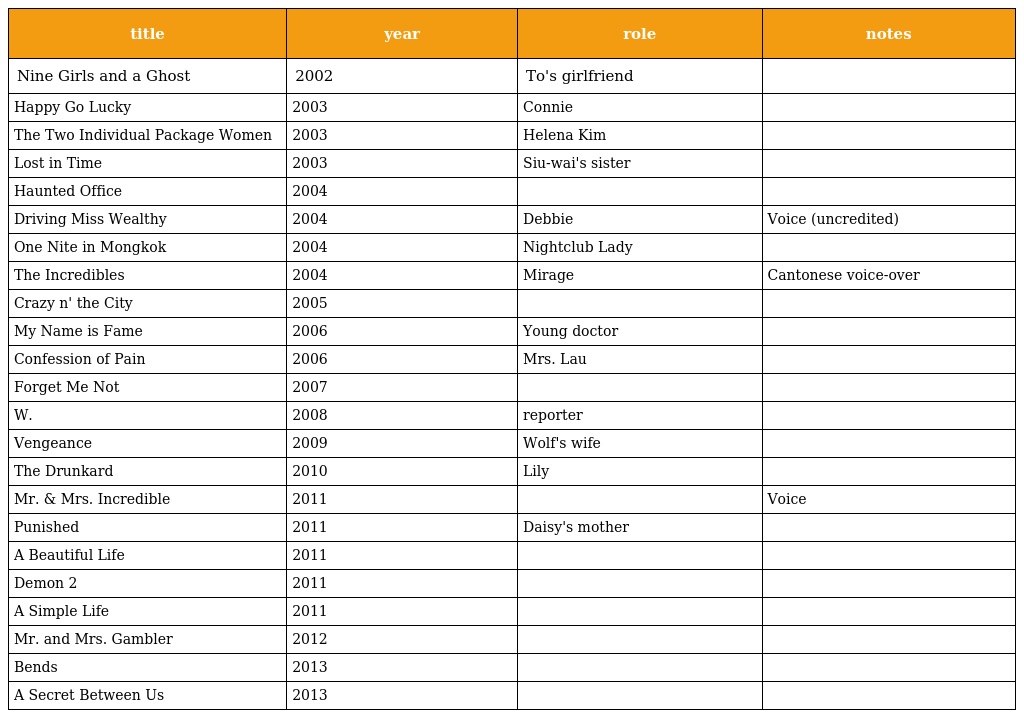
| title | year | role | notes |
 | --- | --- | --- | --- |
 | Nine Girls and a Ghost | 2002 | To's girlfriend |  |
 | Happy Go Lucky | 2003 | Connie |  |
 | The Two Individual Package Women | 2003 | Helena Kim |  |
 | Lost in Time | 2003 | Siu-wai's sister |  |
 | Haunted Office | 2004 |  |  |
 | Driving Miss Wealthy | 2004 | Debbie | Voice (uncredited) |
 | One Nite in Mongkok | 2004 | Nightclub Lady |  |
 | The Incredibles | 2004 | Mirage | Cantonese voice-over |
 | Crazy n' the City | 2005 |  |  |
 | My Name is Fame | 2006 | Young doctor |  |
 | Confession of Pain | 2006 | Mrs. Lau |  |
 | Forget Me Not | 2007 |  |  |
 | W. | 2008 | reporter |  |
 | Vengeance | 2009 | Wolf's wife |  |
 | The Drunkard | 2010 | Lily |  |
 | Mr. & Mrs. Incredible | 2011 |  | Voice |
 | Punished | 2011 | Daisy's mother |  |
 | A Beautiful Life | 2011 |  |  |
 | Demon 2 | 2011 |  |  |
 | A Simple Life | 2011 |  |  |
 | Mr. and Mrs. Gambler | 2012 |  |  |
 | Bends | 2013 |  |  |
 | A Secret Between Us | 2013 |  |  |